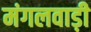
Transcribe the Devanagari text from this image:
मंगलवाड़ी